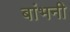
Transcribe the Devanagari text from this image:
बांभनी